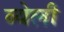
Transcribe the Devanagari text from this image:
व्येली